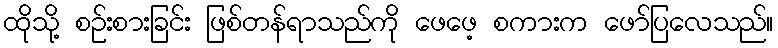
ထိုသို့ စဉ်းစားခြင်း ဖြစ်တန်ရာသည်ကို ဖေဖေ့ စကားက ဖော်ပြလေသည်။